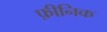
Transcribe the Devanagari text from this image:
फ़ीनिक